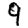
Digit: 9